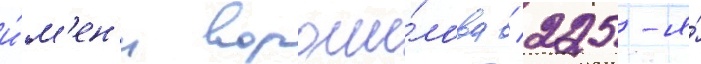
и́м'ен'и вороши́лова / 225-я́